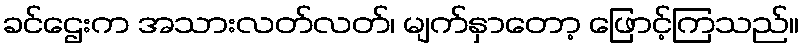
ခင်ဌေးက အသားလတ်လတ်၊ မျက်နှာတော့ ဖြောင့်ကြသည်။